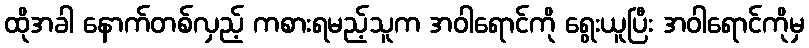
ထိုအခါ နောက်တစ်လှည့် ကစားရမည့်သူက အဝါရောင်ကို ရွေးယူပြီး အဝါရောင်ကိုမှ